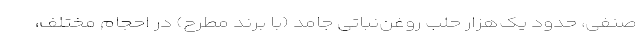
صنفی، حدود یک‌هزار حلب روغن‌نباتی جامد (با برند مطرح) در احجام مختلف،